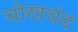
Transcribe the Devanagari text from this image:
चोखचंद